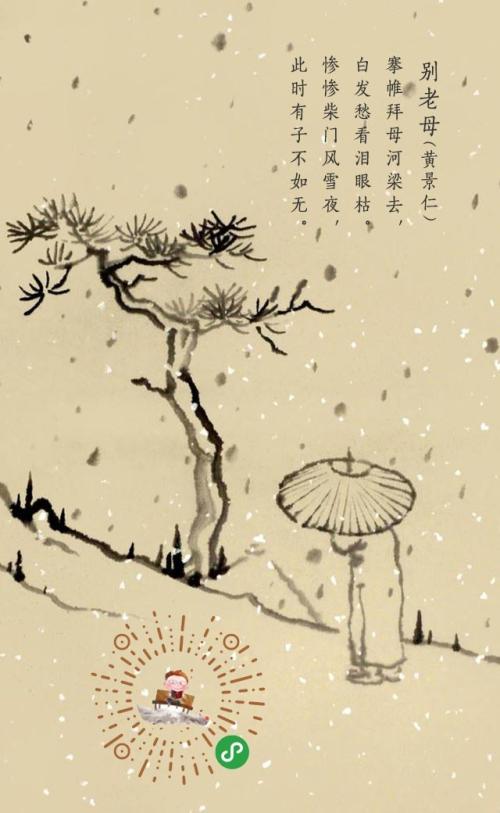
惨惨柴门风雪夜，此时有子不如无。